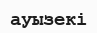
ауызекі